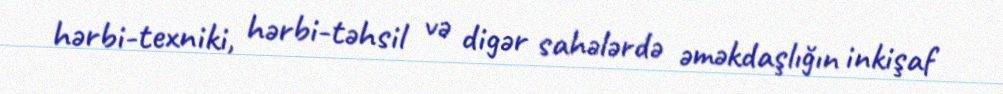
hərbi-texniki, hərbi-təhsil və digər sahələrdə əməkdaşlığın inkişaf